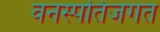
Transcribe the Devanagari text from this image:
वनस्पतिजगत